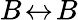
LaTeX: B\! \leftrightarrow\! B